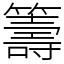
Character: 籌